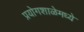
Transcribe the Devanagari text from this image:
प्रयोगशाळेमध्ये